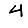
Digit: 4